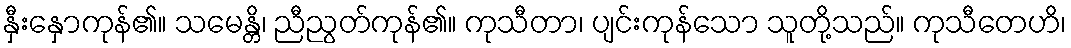
နှီးနှောကုန်၏။ သမေန္တိ၊ ညီညွတ်ကုန်၏။ ကုသီတာ၊ ပျင်းကုန်သော သူတို့သည်။ ကုသီတေဟိ၊